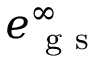
e _ { \mathrm { ~ g ~ s ~ } } ^ { \infty }